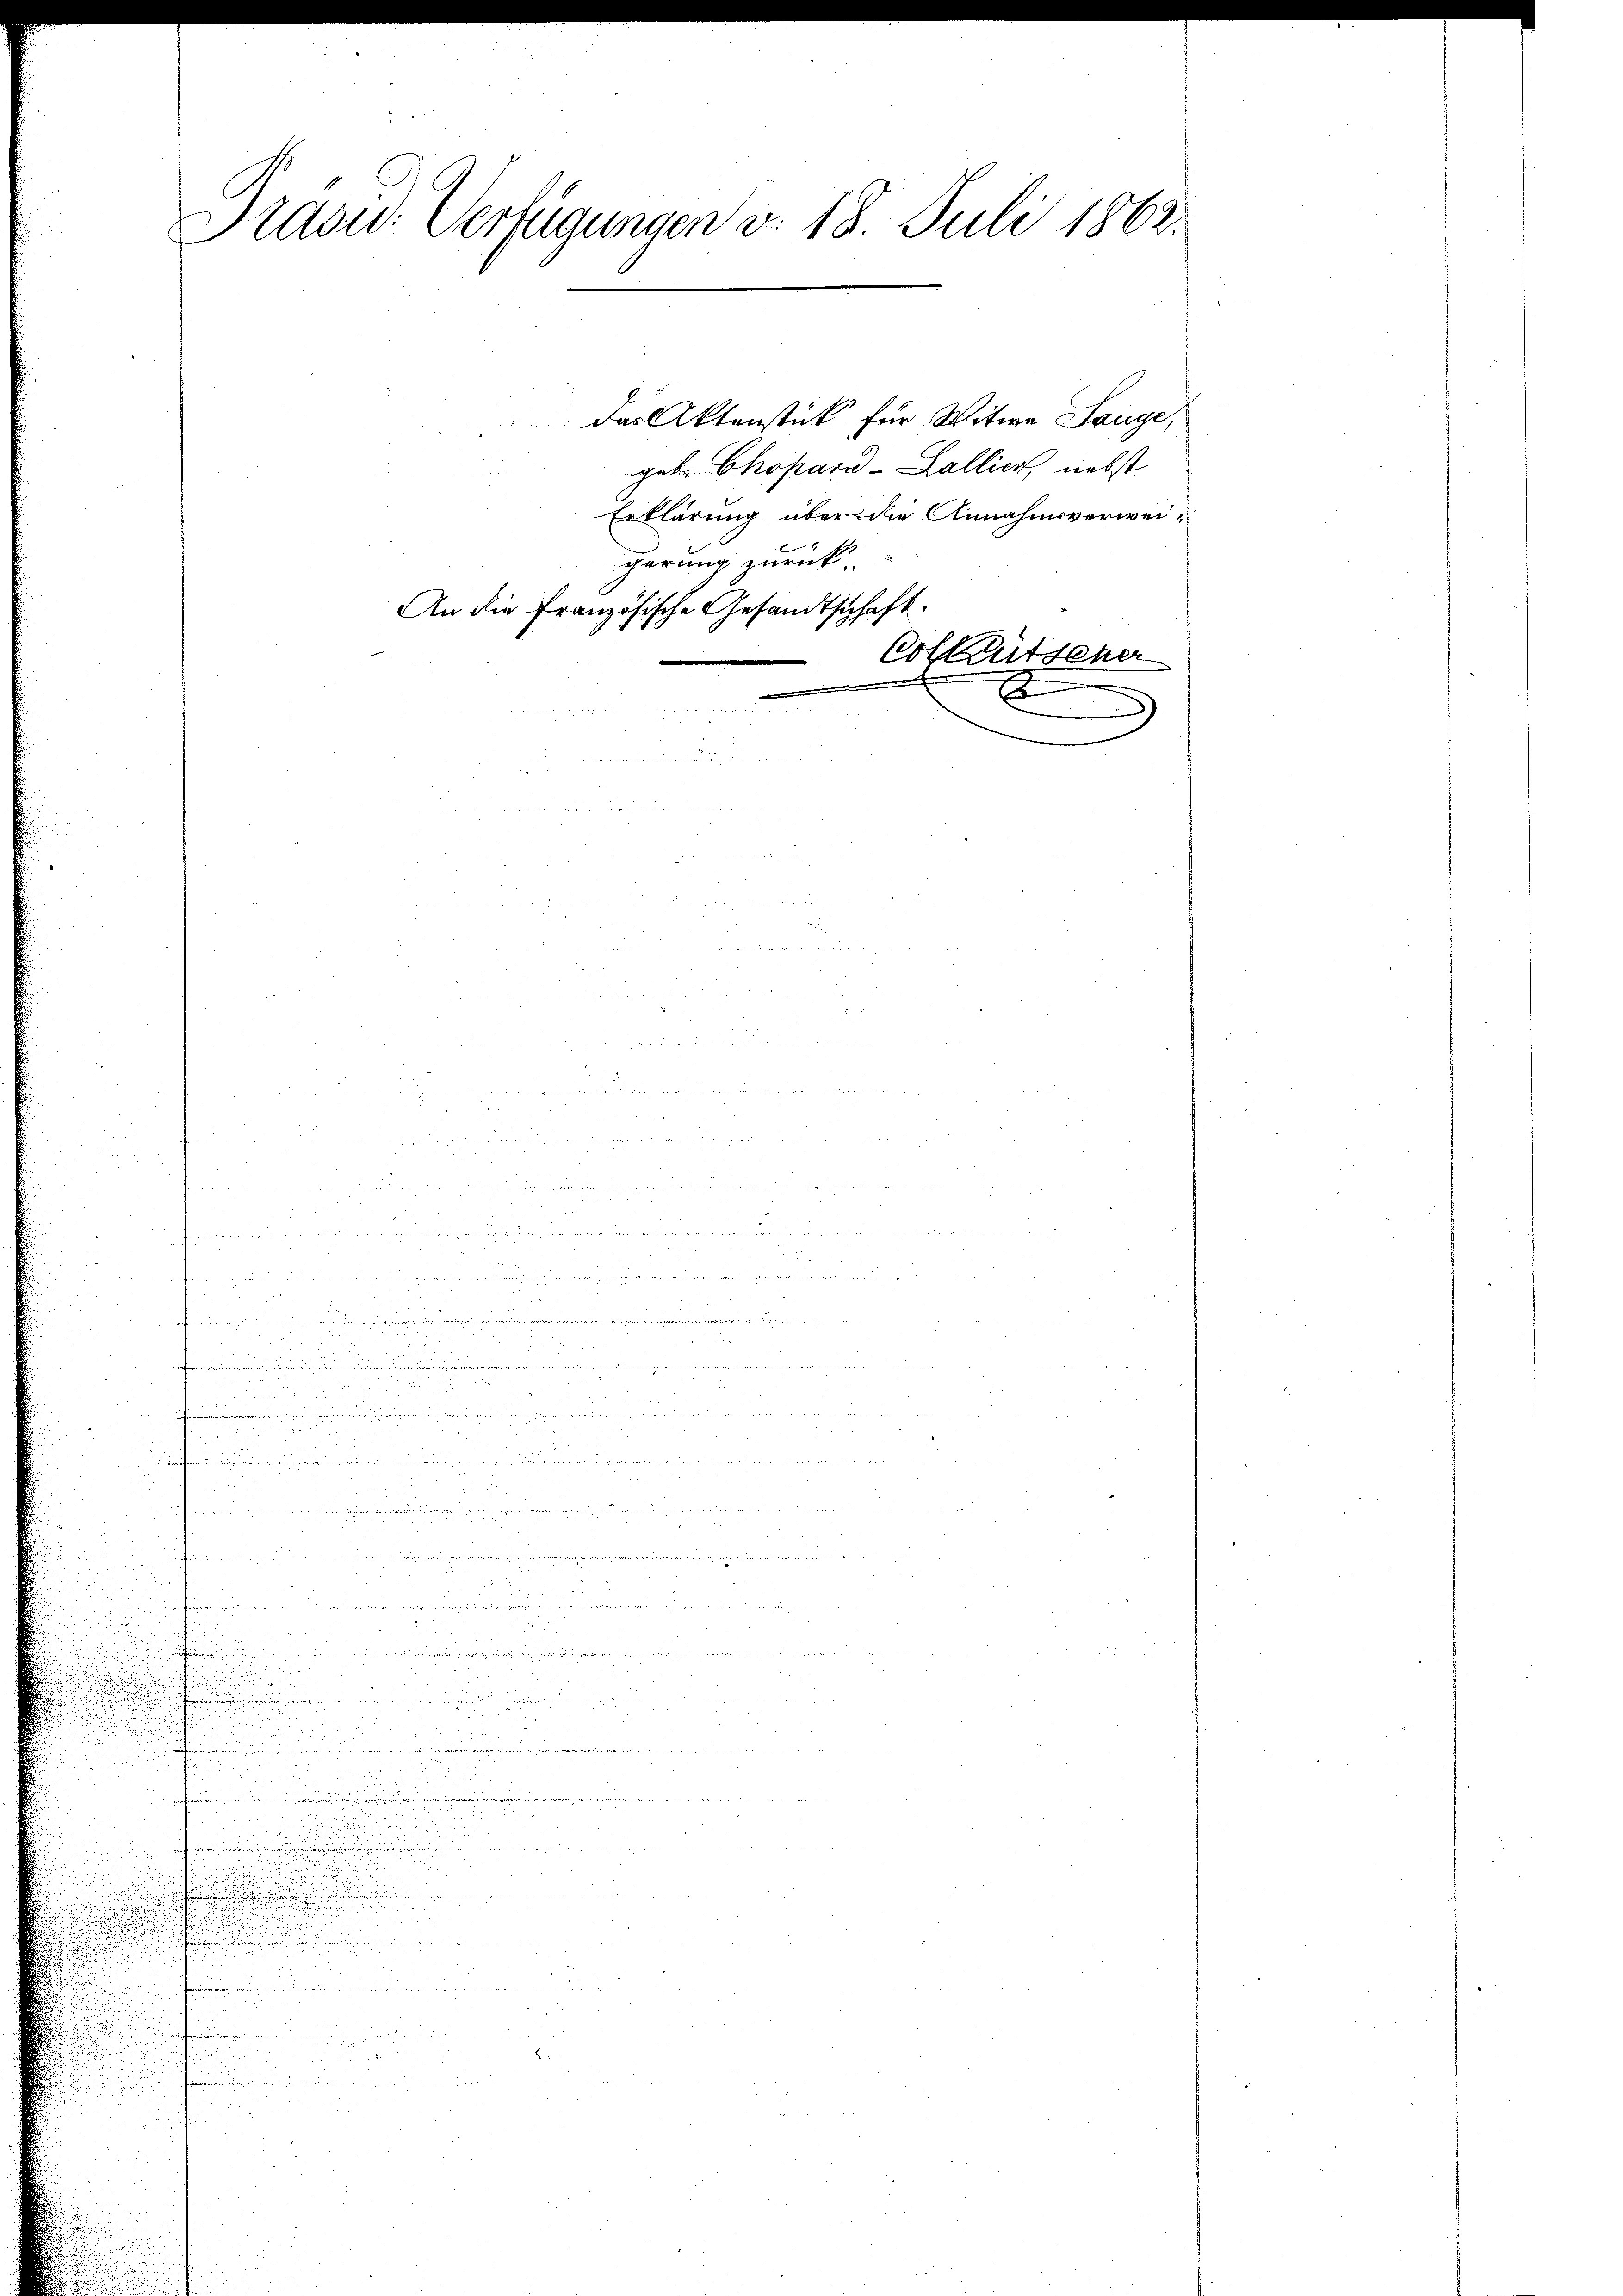
Präsid. Verfügungen v. 18. Juli 1863.

n

n

.
.

.
u
n
.
,
223

.

Das Aktenstück für Witwe Lange,
geb. Chopard-Zallier, nebst
Erklärung über die Annahmsverweigerung zurück.
An die französische Gesandtschaft.
Colktütscher
2